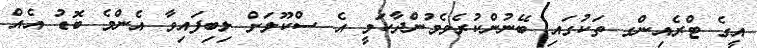
އީގެ ޓްރެއިންގ ތަކުގައި ބޭނުންކުރެވެމުންދާކަމީ އެ ސްކޫލަށް ލިބިފައިވާ އެންމެ ބޮޑު އެއް